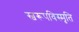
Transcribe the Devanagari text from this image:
स्वरूपविस्मृति